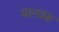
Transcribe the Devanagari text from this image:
यलवरू